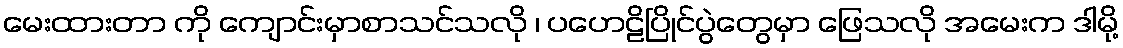
မေးထားတာ ကို ကျောင်းမှာစာသင်သလို ၊ ပဟေဠိပြိုင်ပွဲတွေမှာ ဖြေသလို အမေးက ဒါမို့